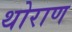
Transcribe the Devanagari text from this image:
थोराण